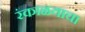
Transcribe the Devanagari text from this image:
रंकाळयाचा